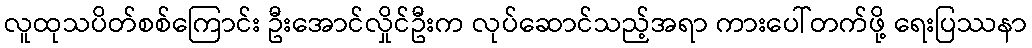
လူထုသပိတ်စစ်ကြောင်း ဦးအောင်လှိုင်ဦးက လုပ်ဆောင်သည့်အရာ ကားပေါ်တက်ဖို့ ရေးပြဿနာ